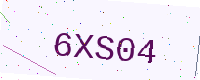
Text: 6XS04